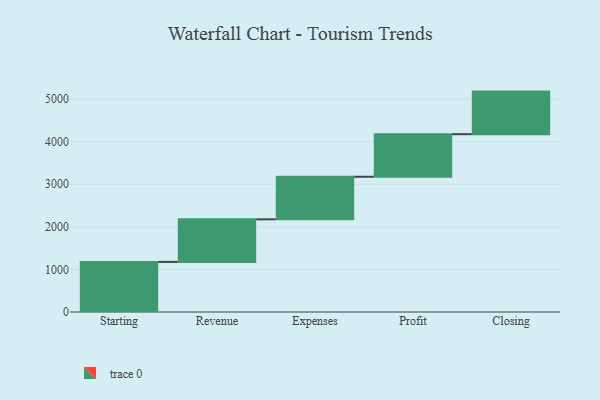
{"axis": {"x": "Step", "y": "Value"}, "legend": [""], "data": [{"x": "Starting", "y": 1176.0, "type": ""}, {"x": "Revenue", "y": 1000, "type": ""}, {"x": "Expenses", "y": 1000, "type": ""}, {"x": "Profit", "y": 1000, "type": ""}, {"x": "Closing", "y": 1000, "type": ""}]}